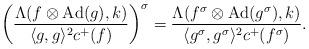
LaTeX: \begin{align*} \left(\frac{\Lambda(f \otimes \mathrm{Ad}(g), k)}{\langle g,g\rangle^2 c^+(f)}\right)^{\sigma} = \frac{\Lambda(f^{\sigma}\otimes \mathrm{Ad}(g^{\sigma}), k)}{\langle g^{\sigma},g^{\sigma}\rangle^2 c^+(f^{\sigma})}. \end{align*}